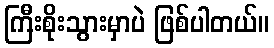
ကြီးစိုးသွားမှာပဲ ဖြစ်ပါတယ်။